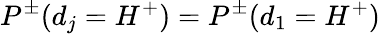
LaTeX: P^{\pm}(d_{j}=H^{+})=P^{\pm}(d_{1}=H^{+})